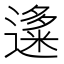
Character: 𬩍